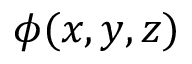
\phi ( x , y , z )